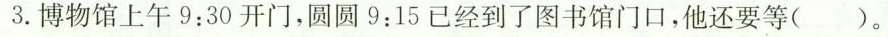
3.博物馆上午9:30开门，圆圆9:15已经到了图书馆门口，他还要等( )。